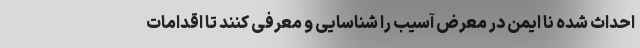
احداث شده نا ایمن در معرض آسیب را شناسایی و معرفی کنند تا اقدامات